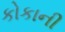
કોકાની